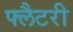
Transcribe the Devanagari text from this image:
फ्लैटरी